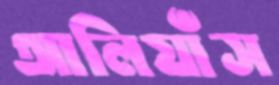
আলিয়াঁস